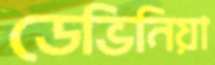
ডেভিনিয়া